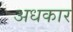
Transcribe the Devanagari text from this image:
अधकार